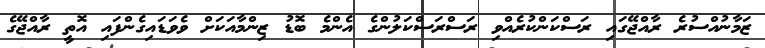
ޒަމާނުއްސުރެ ރާއްޖޭގައި ރަސްކަންކުރެއްވި ރަސްރަސްކަލުންގެ އެންމެ ބޮޑު ޒިންމާއަކަށް ވެވަޑައިގެންފައި އޮތީ ރާއްޖޭގެ